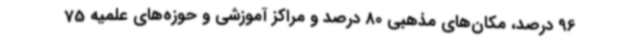
96 درصد، مکان‌های مذهبی 80 درصد و مراکز آموزشی و حوزه‌های علمیه 75